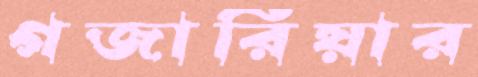
গজারিয়ার